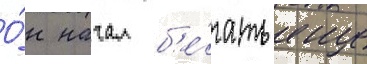
О́н начал б'е́гать еще